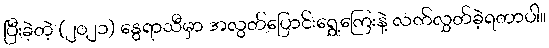
ပြီးခဲ့တဲ့ (၂၀၂၁) နွေရာသီမှာ အလွတ်ပြောင်းရွှေ့ကြေးနဲ့ လက်လွှတ်ခဲ့ရတာပါ။